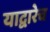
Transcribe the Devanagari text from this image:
याद्वारेच